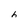
Character: 6